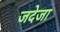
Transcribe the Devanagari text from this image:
जदेजा